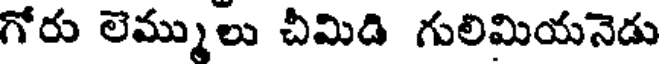
గోరు లెమ్ములు చీమిడి గులిమియనెడు